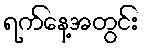
ရက်နေ့အတွင်း